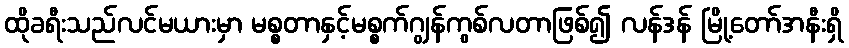
ထိုခရီးသည်လင်မယားမှာ မစ္စတာနှင့်မစ္စက်ဂျွန်ကွစ်လတာဖြစ်၍ လန်ဒန် မြို့တော်အနီးရှိ